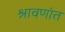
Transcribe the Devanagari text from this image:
श्रावणांत